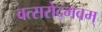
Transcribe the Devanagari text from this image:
वत्सरोद्भवम्